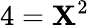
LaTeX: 4=\mathbf{X}^{2}